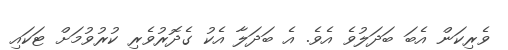
ވެރިކަން އެބަ ބަދަލުވެ އެވެ. އެ ބަދަލާ އެކު ގެދޮރުވެރި ކުރުވުމަށް ޓަކައި